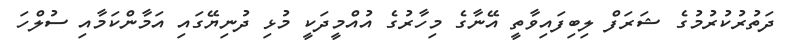
ދަތުރުކުރުމުގެ ޝަރަފް ލިބިފައިވާތީ އޭނާގެ މިހާރުގެ އުއްމީދަކީ މުޅި ދުނިޔޭގައި އަމާންކަމާއި ސުލްހަ